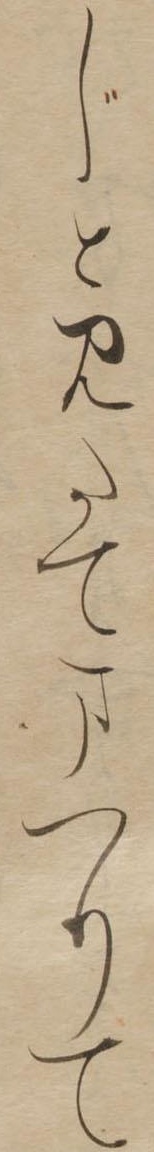
じとみたてまつりて